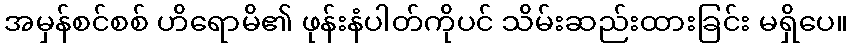
အမှန်စင်စစ် ဟိရောမိ၏ ဖုန်းနံပါတ်ကိုပင် သိမ်းဆည်းထားခြင်း မရှိပေ။